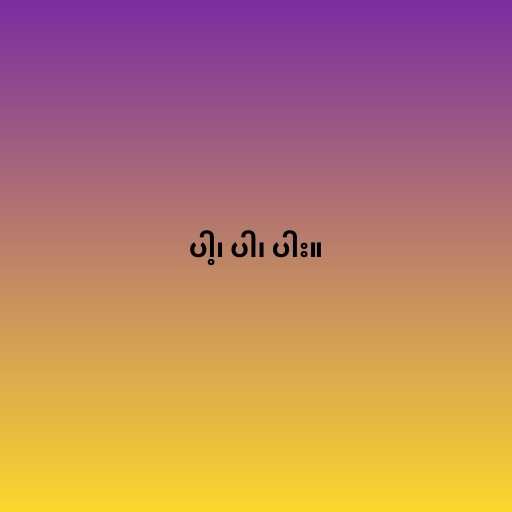
ပါ့၊ ပါ၊ ပါး။